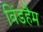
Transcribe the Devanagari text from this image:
विंडहैम